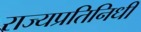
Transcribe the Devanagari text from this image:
राज्यप्रतिनिधी